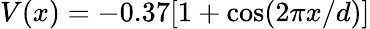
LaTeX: V(x)=-0.37[1+\cos(2\pi x/d)]